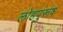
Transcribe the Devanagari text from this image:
लोहपुरूष